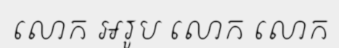
លោក អរូប លោក លោក